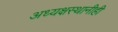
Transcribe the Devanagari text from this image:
अध्यक्षस्थानीही